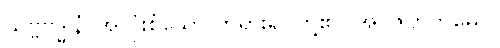
သဗ္ဗဗုဒ္ဓါနံ၊ အလုံးစုံသော ဘုရားရှင်တို့၏။ အဝိဇဟိတမေဝ၊